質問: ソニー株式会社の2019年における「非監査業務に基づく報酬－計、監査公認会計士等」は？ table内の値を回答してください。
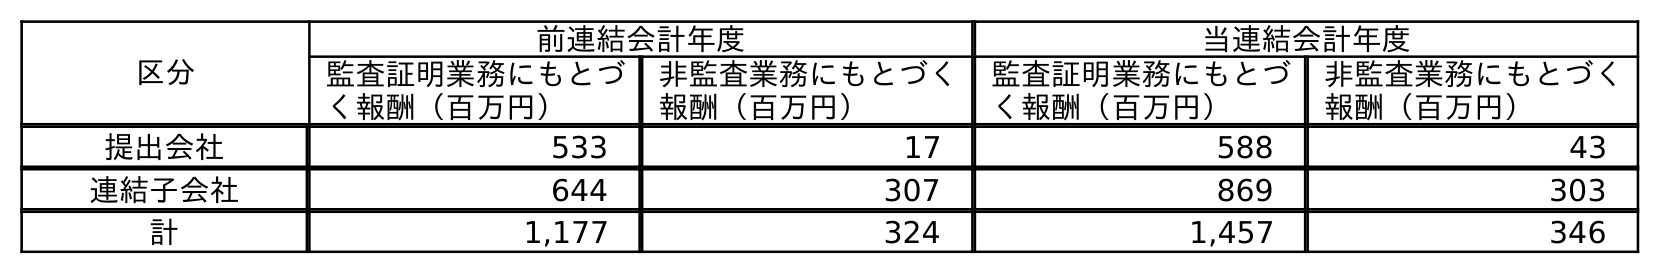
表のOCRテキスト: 区分 前連結会計年度 当連結会計年度 監査証明業務にもとづ く報酬（百万円） 非監査業務にもとづく 報酬（百万円） 監査証明業務にもとづ く報酬（百万円） 非監査業務にもとづく 報酬（百万円） 提出会社 533 17 588 43 連結子会社 644 307 869 303 計 1,177 324 1,457 346
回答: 324